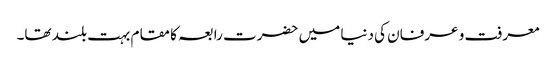
معرفت و عرفان کی دنیا میں حضرت رابعہ کا مقام بہت بلند تھا۔